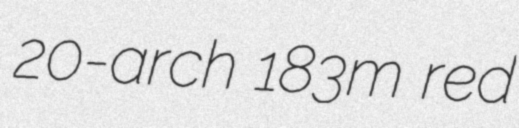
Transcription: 20-arch 183m red